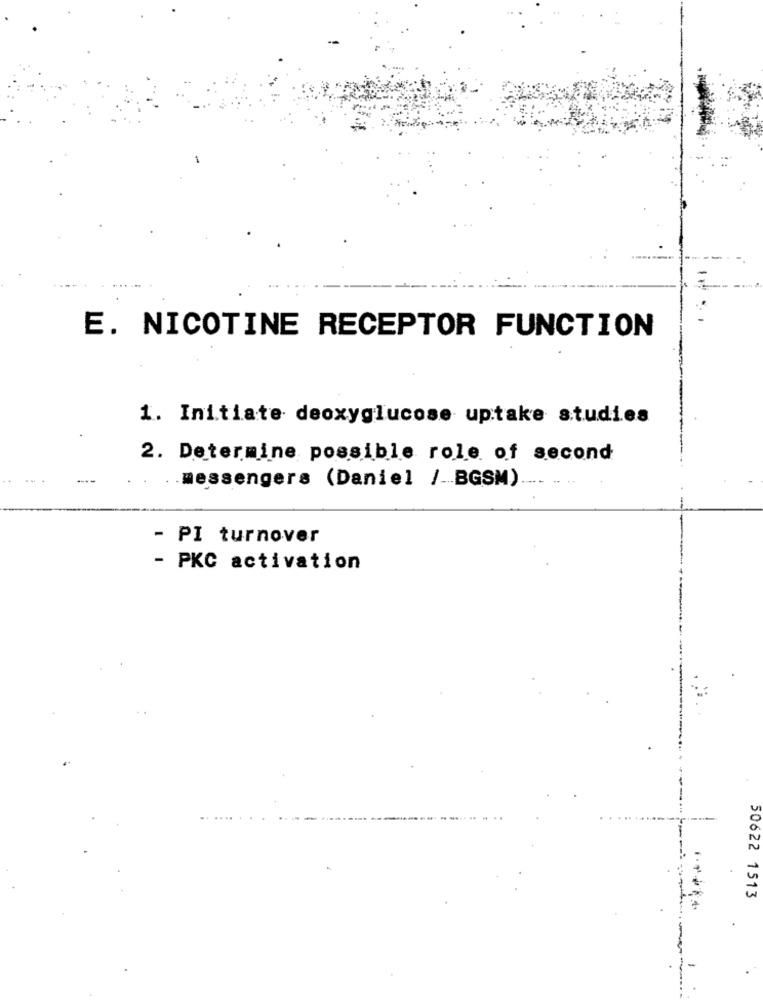
E. NICOTINE RECEPTOR FUNCTION
1. Initiate deoxyglucose uptake studies
2. Determine possible role of second
.messengers (Daniel / -. BGSM).
- PI turnover
- PKC activation
50622 1513